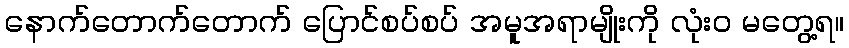
နောက်တောက်တောက် ပြောင်စပ်စပ် အမူအရာမျိုးကို လုံးဝ မတွေ့ရ။